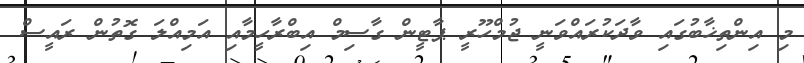
މި އިންތިޚާބުގައި ވާދަކުރައްވަނީ ޖުމްހޫރީ ޕާޓީން ގާސިމް އިބްރާހީމާއި އަމިއްލަ ގޮތުން ރައީސް